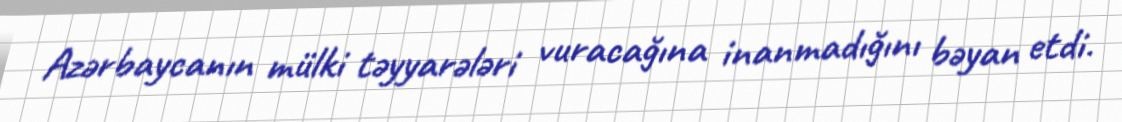
Azərbaycanın mülki təyyarələri vuracağına inanmadığını bəyan etdi.